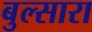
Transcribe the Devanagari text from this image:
बुल्सारा